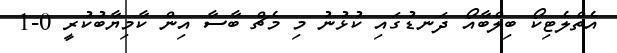
އެތްލެޓިކޯ ބިލްބާއޯ ދަނޑުގައި ކުޅުނު މި މެޗް ބާސާ އިން ކާމިޔާބުކުރީ 0-1